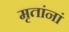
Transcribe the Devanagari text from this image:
मृतांनां